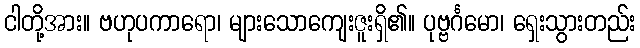
ငါတို့အား။ ဗဟုပကာရော၊ များသောကျေးဇူးရှိ၏။ ပုဗ္ဗင်္ဂမော၊ ရှေးသွားတည်း